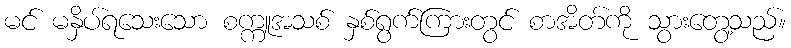
မင် မနှိပ်ရသေးသော စက္ကူအသစ် နှစ်ရွက်ကြားတွင် စာအိတ်ကို သွားတွေ့သည်။